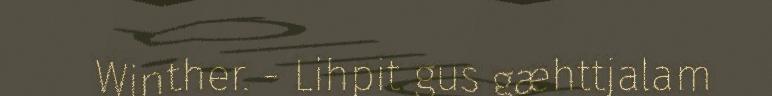
Winther. - Lihpit gus gæhttjalam